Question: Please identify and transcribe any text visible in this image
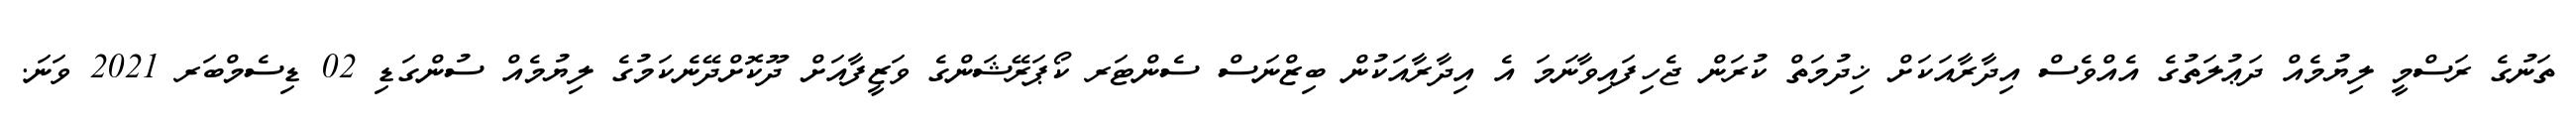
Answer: ތަނުގެ ރަސްމީ ލިޔުމެއް ދަޢުލަތުގެ އެއްވެސް އިދާރާއަކަށް ޚިދުމަތް ކުރަން ޖެހިފައިވާނަމަ އެ އިދާރާއަކުން ބިޒްނަސް ސެންޓަރ ކޯޕަރޭޝަންގެ ވަޒީފާއަށް ދޫކޮށްދޭނެކަމުގެ ލިޔުމެއް ސުންގަޑި 02 ޑިސެމްބަރ 2021 ވަނަ.